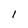
Character: 1